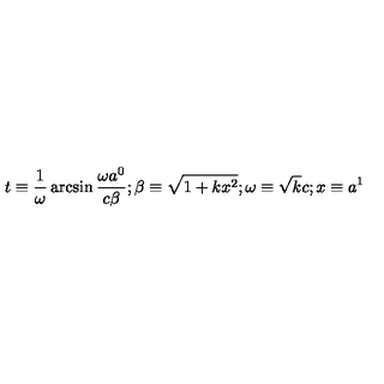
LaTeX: t \equiv \frac { 1 } { \omega } \arcsin \frac { \omega a ^ { 0 } } { c \beta } ; \beta \equiv \sqrt { 1 + k x ^ { 2 } } ; \omega \equiv \sqrt { k } c ; x \equiv a ^ { 1 }